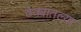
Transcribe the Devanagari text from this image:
ठेक्यातल्या